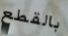
بالقطع